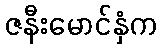
ဇနီးမောင်နှံက